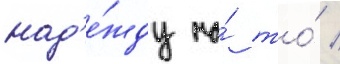
над'е́жду на́ то́ /